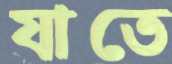
যাতে